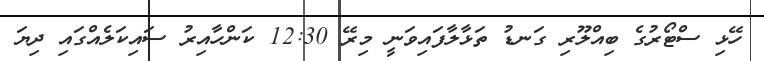
ހޭޅި ސްޓޯރުގެ ބިއްލޫރި ގަނޑު ތަޅާލާފައިވަނީ މިރޭ 12:30 ކަންހާއިރު ސައިކަލެއްގައި ދިޔަ